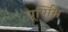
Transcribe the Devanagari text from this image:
पूर्णिम